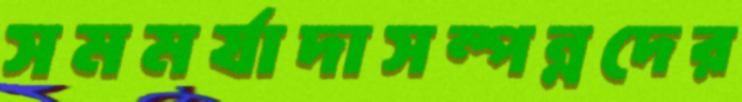
সমমর্যাদাসম্পন্নদের